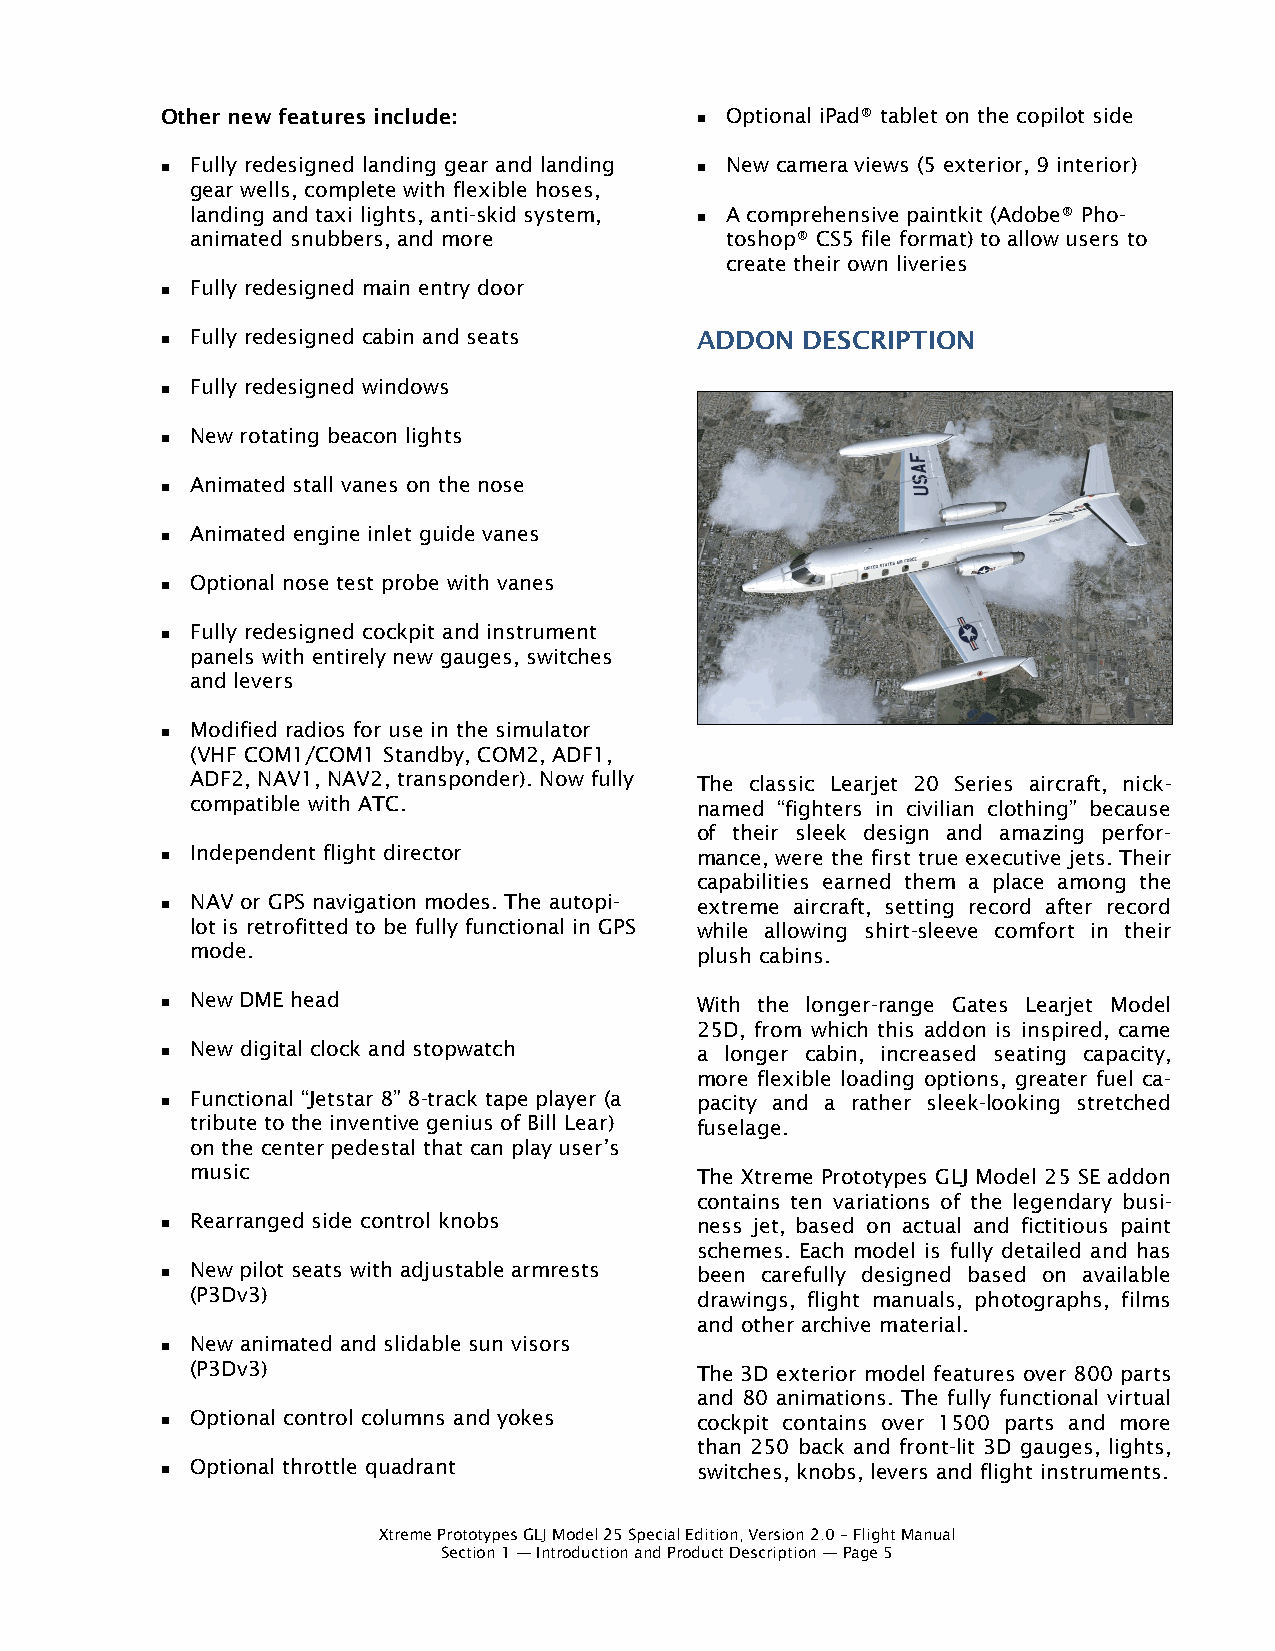
Other new features include:          Optional iPad® tablet on the copilot side
 
 Fully redesigned landing gear and landing New camera views (5 exterior, 9 interior)
                                   
 gear wells, complete with flexible hoses,
 landing and taxi lights, anti-skid system, A comprehensive paintkit (Adobe® Pho-
 
 animated snubbers, and more        toshop® CS5 file format) to allow users to
 create their own liveries
 Fully redesigned main entry door
 
  Fully redesigned cabin and seats ADDON  DESCRIPTION
 Fully redesigned windows
 
 New rotating beacon lights
 
 Animated stall vanes on the nose
 
 Animated engine inlet guide vanes
 
 Optional nose test probe with vanes
 
 Fully redesigned cockpit and instrument
 
 panels with entirely new gauges, switches
 and levers
 Modified radios for use in the simulator
 
 (VHF COM1/COM1 Standby, COM2, ADF1,
 ADF2, NAV1, NAV2, transponder). Now fully The classic Learjet 20 Series aircraft, nick-
 compatible with ATC.             named “fighters in civilian clothing” because
 of their sleek design and amazing perfor-
  Independent flight director      mance, were the first true executive jets. Their
 capabilities earned them a place among the
  NAV or GPS navigation modes. The autopi- extreme aircraft, setting record after record
 lot is retrofitted to be fully functional in GPS while allowing shirt-sleeve comfort in their
 mode.                            plush cabins.
  New DME head                     With the longer-range Gates Learjet Model
 25D, from which this addon is inspired, came
  New digital clock and stopwatch  a longer cabin, increased seating capacity,
 more flexible loading options, greater fuel ca-
  Functional “Jetstar 8” 8-track tape player (a pacity and a rather sleek-looking stretched
 tribute to the inventive genius of Bill Lear) fuselage.
 on the center pedestal that can play user’s
 music                            The Xtreme Prototypes GLJ Model 25 SE addon
 contains ten variations of the legendary busi-
  Rearranged side control knobs    ness jet, based on actual and fictitious paint
 schemes. Each model is fully detailed and has
  New pilot seats with adjustable armrests been carefully designed based on available
 (P3Dv3)                          drawings, flight manuals, photographs, films
 and other archive material.
 
 New animated and slidable sun visors
 (P3Dv3)                          The 3D exterior model features over 800 parts
 and 80 animations. The fully functional virtual
  Optional control columns and yokes cockpit contains over 1500 parts and more
 than 250 back and front-lit 3D gauges, lights,
  Optional throttle quadrant       switches, knobs, levers and flight instruments.
 Xtreme Prototypes GLJ Model 25 Special Edition, Version 2.0 – Flight Manual
 Section 1 — Introduction and Product Description — Page 5